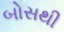
બોસથી